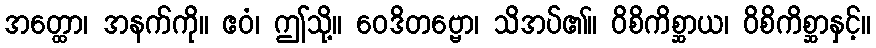
အတ္ထော၊ အနက်ကို။ ဧဝံ၊ ဤသို့။ ဝေဒိတဗ္ဗော၊ သိအပ်၏။ ဝိစိကိစ္ဆာယ၊ ဝိစိကိစ္ဆာနှင့်။